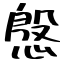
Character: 慇